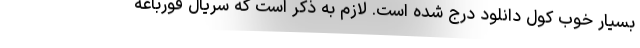
بسیار خوب کول دانلود درج شده است. لازم به ذکر است که سریال قورباغه